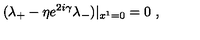
( \lambda _ { + } - \eta e ^ { 2 i \gamma } \lambda _ { - } ) | _ { x ^ { 1 } = 0 } = 0 \ ,